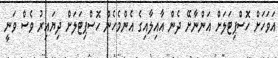
އަވަހަށް ހޮސްޕިޓަލަށް އަންނާށޭ ދެން އާއިލާއިގެ އެންމެހެން ހޮސްޕިޓަލަށް ދިޔައިރު ވެސް ވަނީ